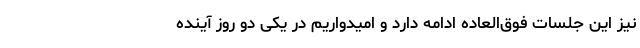
نیز این جلسات فوق‌العاده ادامه دارد و امیدواریم در یکی دو روز آینده